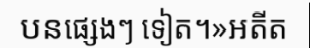
បនផ្សេងៗ ទៀត។»អតីត